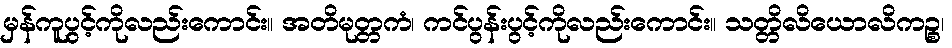
မှန်ကူပွင့်ကိုလည်းကောင်း။ အတိမုတ္တကံ၊ ကင်ပွန်းပွင့်ကိုလည်းကောင်း။ သတ္တိလိယောလိကဉ္စ၊